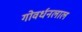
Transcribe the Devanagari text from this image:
गोवर्धनलाल